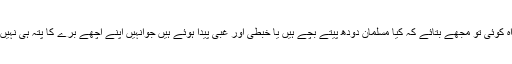
خدا راہ کوئی تو مجھے بتائے کہ کیا مسلمان دودھ پیتے بچے ہیں یا خبطی اور غبی پیدا ہوئے ہیں جوانہیں اپنے اچھے برے کا پتہ ہی نہیں چلتا ۔